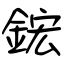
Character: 鋐